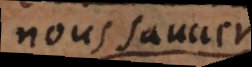
nous sauver